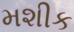
મશીક